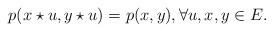
LaTeX: \begin{align*}p(x \star u, y \star u) = p(x,y), \forall u,x,y\in E. \end{align*}